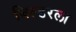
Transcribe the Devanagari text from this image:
बिल्डरला